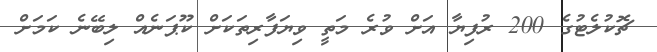
ޗޮކުލެޓުގެ 200 ރުފިޔާ އަށް ވުރެ މަތީ ވިޔަފާރިތަކަށް ކޫޕަނެއް ލިބޭނެ ކަމަށް